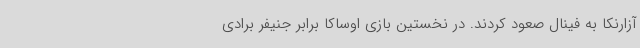
آزارنکا به فینال صعود کردند. در نخستین بازی اوساکا برابر جنیفر برادی